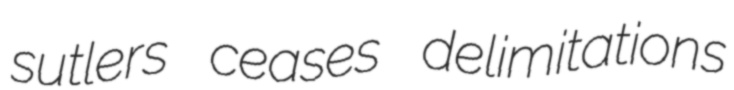
sutlers ceases delimitations